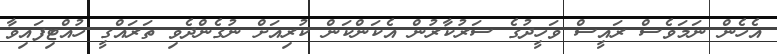
އެހެން ނަމަވެސް ރައީސް ވަހީދުގެ ސަރުކާރުން އެކަންކަން ކުރިއަށް ނުގެންދެވި ތަރައްގީ ހުއްޓިފައިވާ